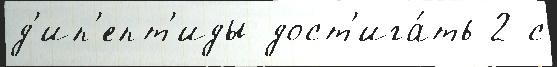
д'ип'епт'иды дост'ига́ть 2 с